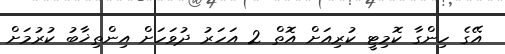
އޭގެ ހިންގާ ކޮމިޓީ ކުރިއަށް އޮތް 2 އަހަރު ދުވަހަށް އިންތިޚާބު ކުރުމަށް